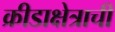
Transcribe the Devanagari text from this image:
क्रीडाक्षेत्राची